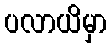
ပလာယိမှာ